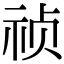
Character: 祯